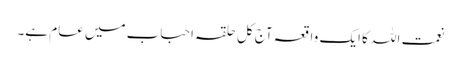
نعمت اللہ کا ایک واقعہ آج کل حلقہ احباب میں عام ہے۔